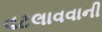
વટલાવવાની